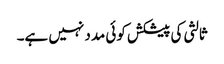
ثالثی کی پیشکش کوئی مدد نہیں ہے۔